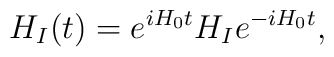
H_I(t)=e^{iH_0t} H_I e^{-i H_0 t},